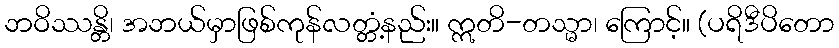
ဘဝိဿန္တိ၊ အဘယ်မှာဖြစ်ကုန်လတ္တံ့နည်း။ ဣတိ-တသ္မာ၊ ကြောင့်။ (ပရိဒီပိတော